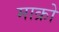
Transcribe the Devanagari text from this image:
माक्रो